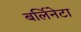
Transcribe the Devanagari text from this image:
बर्लिनेटा